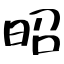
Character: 昭